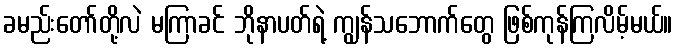
ခမည်းတော်တို့လဲ မကြာခင် ဘိုနာပတ်ရဲ့ ကျွန်သဘောက်တွေ ဖြစ်ကုန်ကြလိမ့်မယ်။